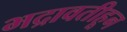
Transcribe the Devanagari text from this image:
भद्रावतीहून